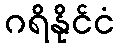
ဂရိနိုင်ငံ